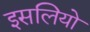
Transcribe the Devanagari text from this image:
इसलियो